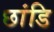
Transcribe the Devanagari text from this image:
छांडि